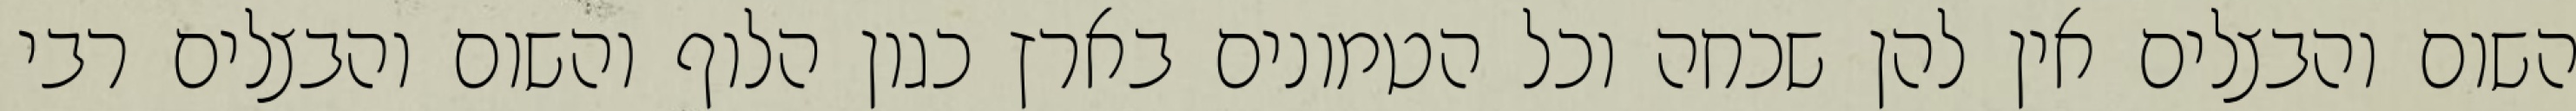
השום והבצלים אין להן שכחה וכל הטמונים בארץ כגון הלוף והשום והבצלים רבי